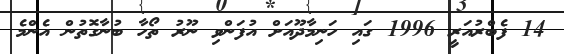
14 ފެބްރުއަރީ 1996 ގައި ހަނިމާދޫއަށް އުފަންވި ނޫރު ތޯހާ ބުނާގޮތުން އެންމެ